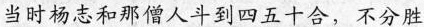
当时杨志和那僧人斗到四五十合，不分胜